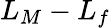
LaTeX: L_{M}-L_{f}